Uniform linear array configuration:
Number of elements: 64
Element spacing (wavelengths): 0.5
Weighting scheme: hamming
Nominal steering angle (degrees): -15
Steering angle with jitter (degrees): -15.226
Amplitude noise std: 0.05
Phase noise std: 0.05

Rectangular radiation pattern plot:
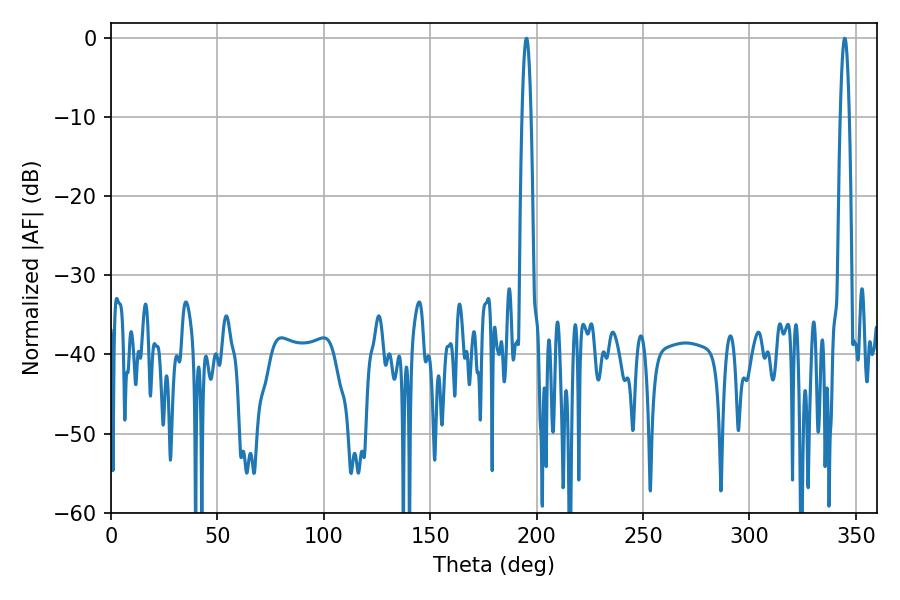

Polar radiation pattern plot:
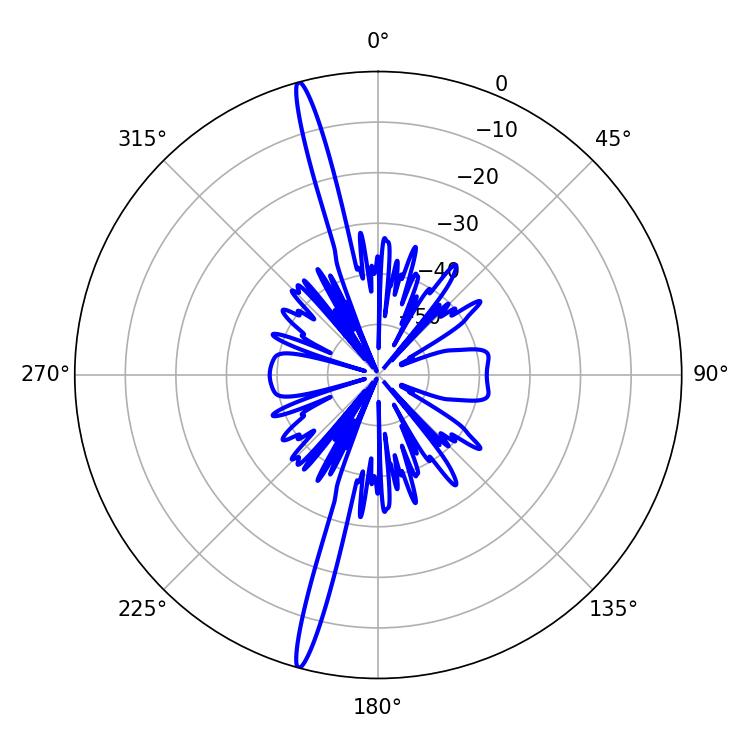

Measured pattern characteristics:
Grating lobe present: FALSE
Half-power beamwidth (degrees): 2.34
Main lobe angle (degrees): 344.7